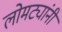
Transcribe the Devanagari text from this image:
लोमट्यांनी